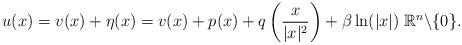
LaTeX: \begin{align*}u(x)=v(x)+\eta(x)=v(x)+p(x)+q\left(\frac{x}{|x|^2}\right)+\beta \ln(|x|) \; \mathbb{R}^n \backslash \{0\}.\end{align*}